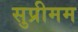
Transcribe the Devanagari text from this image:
सुप्रीमम